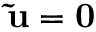
{ \bf \tilde { u } = 0 }